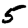
Digit: 5